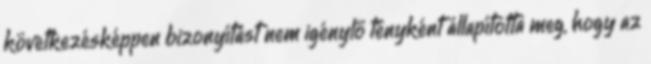
következésképpen bizonyítást nem igénylő tényként állapította meg, hogy az